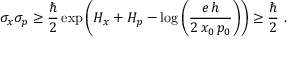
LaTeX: \sigma _ { x } \sigma _ { p } \geq { \frac { \hbar } { 2 } } \exp \left( H _ { x } + H _ { p } - \log \left( { \frac { e \, h } { 2 \, x _ { 0 } \, p _ { 0 } } } \right) \right) \geq { \frac { \hbar } { 2 } } ~ .